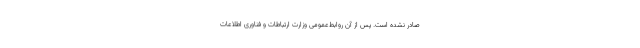
صادر نشده است. پس از آن روابط‌عمومی وزارت ارتباطات و فناوری اطلاعات